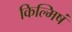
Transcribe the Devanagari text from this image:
किल्मिषं